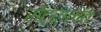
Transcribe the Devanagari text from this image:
सेंट्रालेत